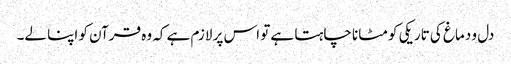
دل و دماغ کی تاریکی کو مٹانا چاہتا ہے تو اس پر لازم ہے کہ وہ قرآن کو اپنا لے۔